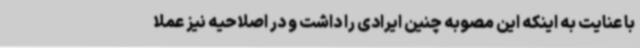
با عنایت به اینکه این مصوبه چنین ایرادی را داشت و در اصلاحیه نیز عملا